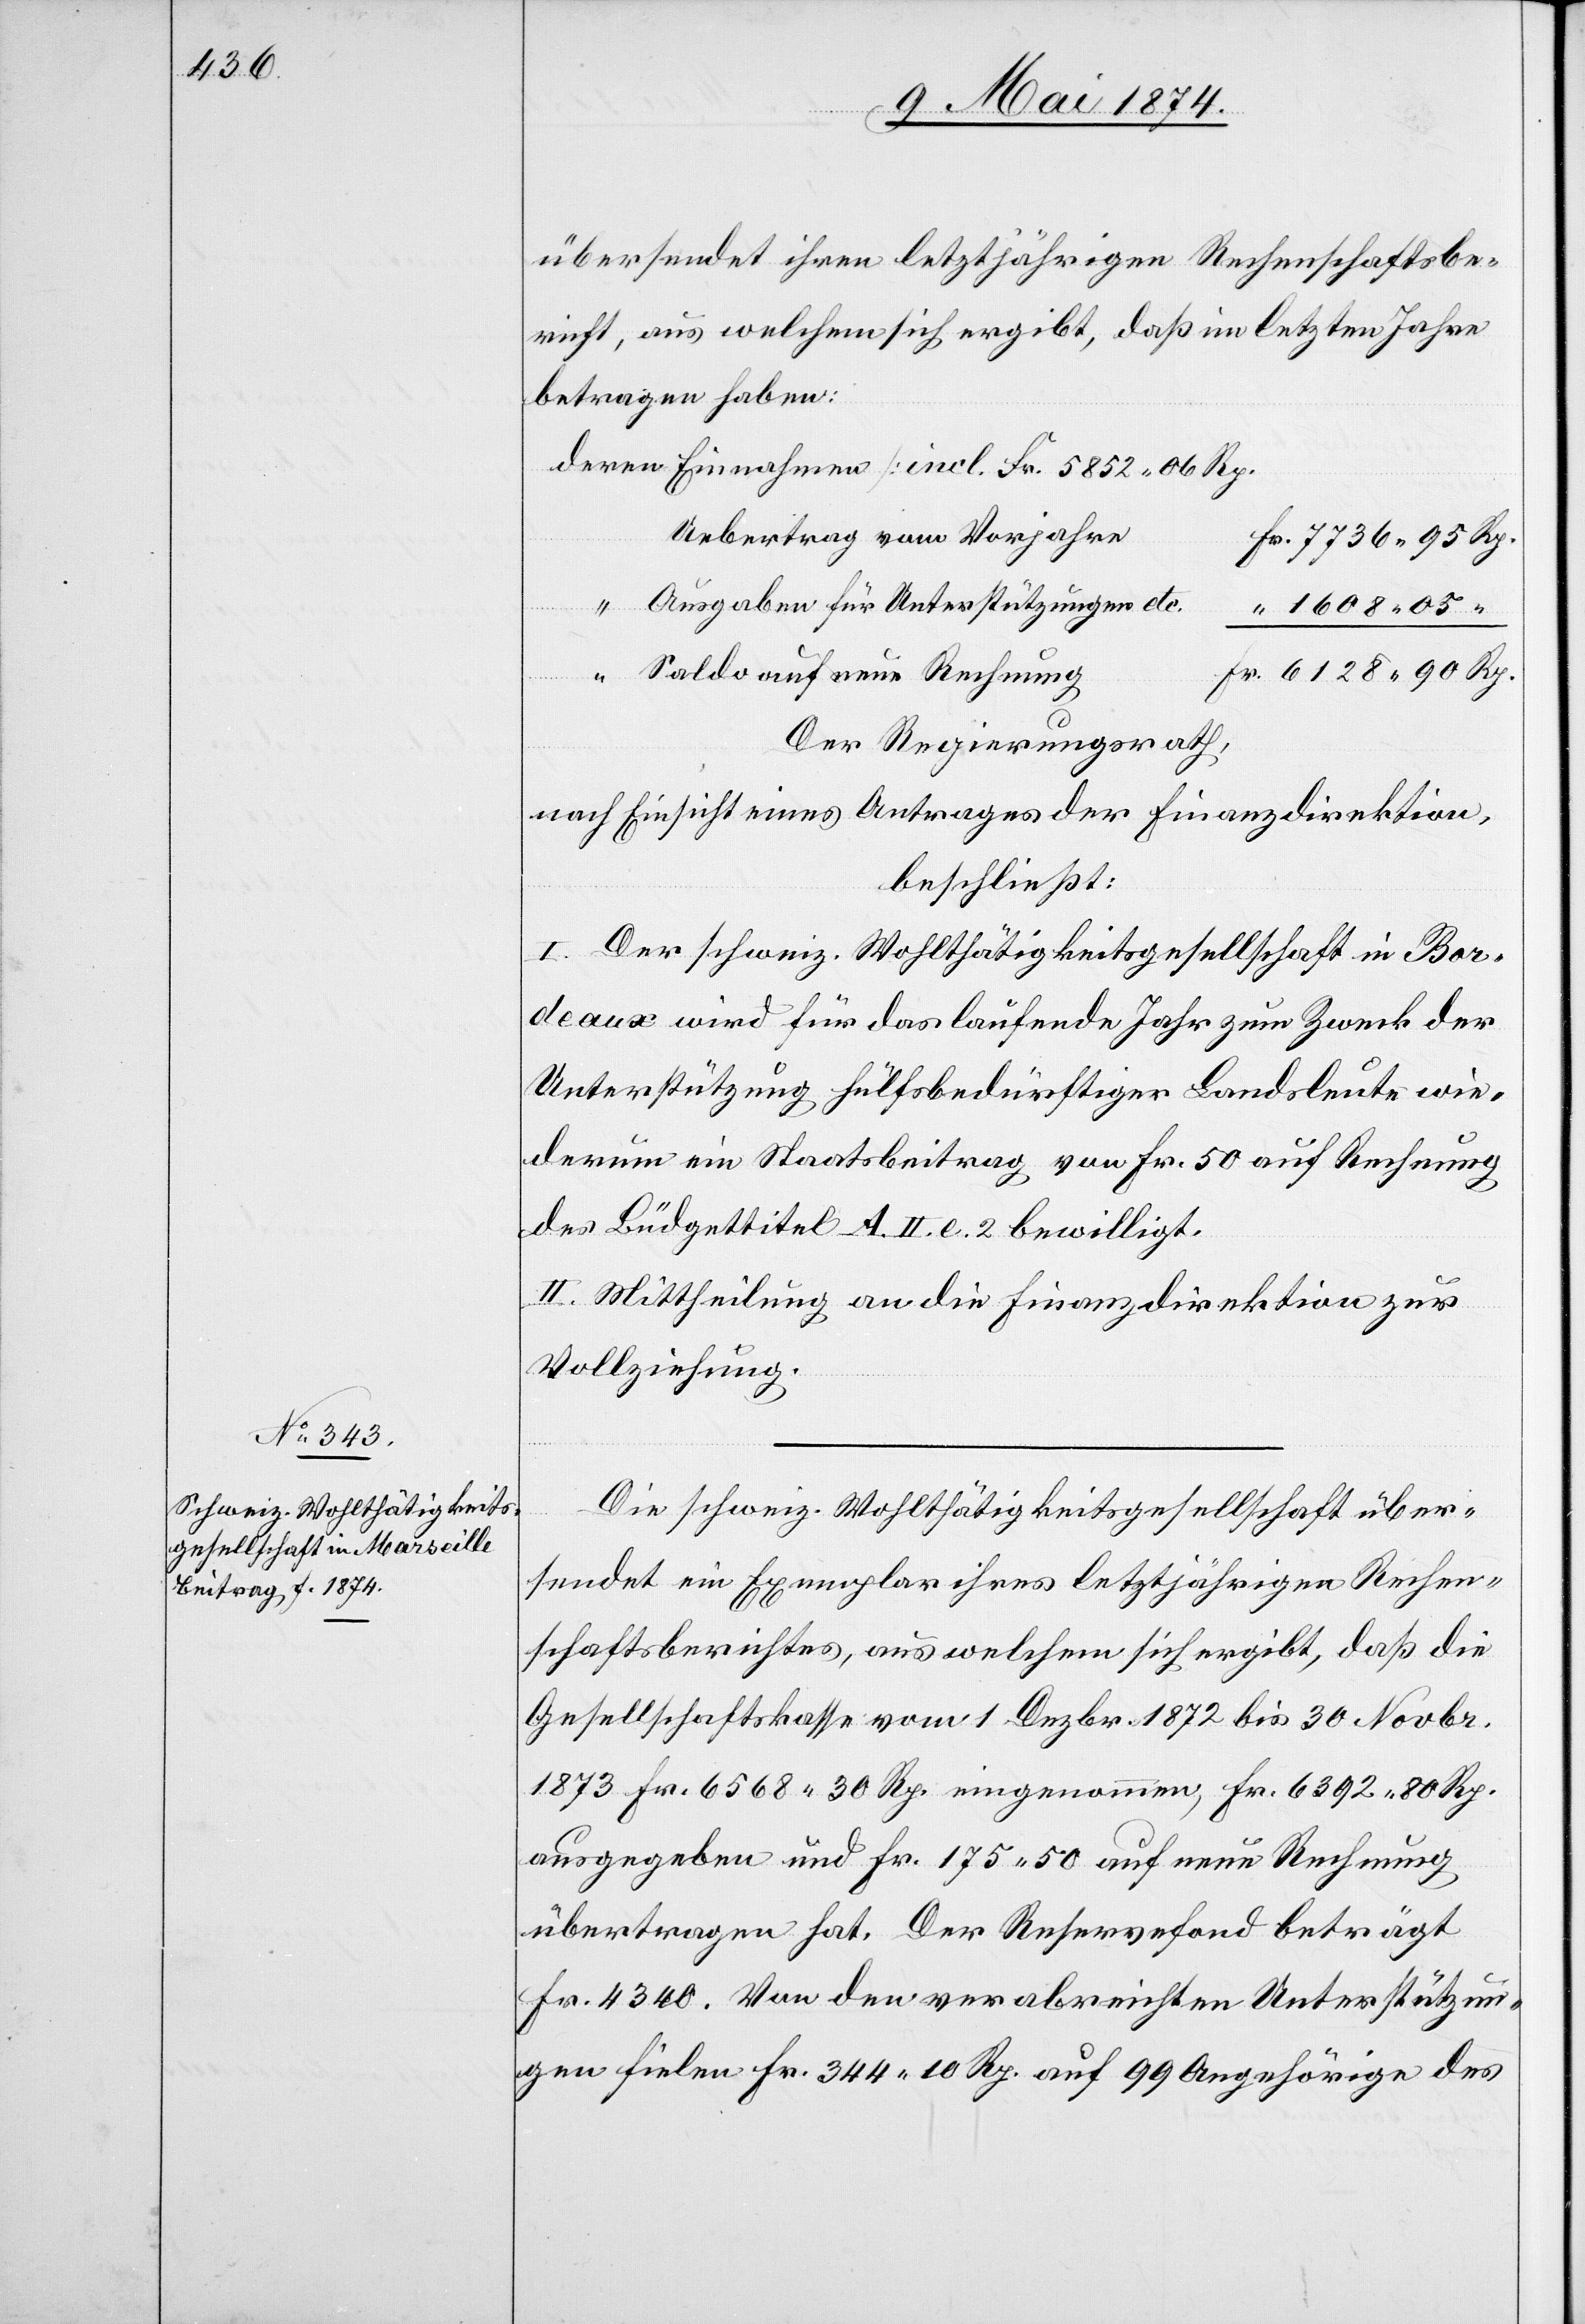
1608.

übersendet ihren letztjährigen Rechenschaftsbe¬
richt, aus welchem sich ergibt, daß im letzten Jahre
betragen haben:
Uebertrag vom Vorjahre
Ausgaben für Unterstützungen etc.
“
Saldo auf neue Rechnung
Der Regierungsrath,
nach Einsicht eines Antrages der Finanzdirektion,
beschließt:
I. Der schweiz. Wohlthätigkeitsgesellschaft in Bor¬
deaux wird für das laufende Jahr zum Zweck der
Unterstützung hülfsbedürftiger Landsleute wie¬
derum ein Staatsbeitrag von Fr. 50 auf Rechnung
des Büdgettitels A. II. e. 2 bewilligt.
II. Mittheilung an die Finanzdirektion zur
Vollziehung.
Die schweiz. Wohlthätigkeitsgesellschaft über¬
sendet ein Exemplar ihres letztjährigen Rechen¬
schaftsberichtes, aus welchem sich ergibt, daß die
Gesellschaftskasse vom 1. Dezbr. 1872 bis 30. Novbr.
1873 Fr. 6568.30 Rp. eingenommen, Fr. 6392.80 Rp.
ausgegeben und Fr. 175.50 auf neue Rechnung
übertragen hat. Der Reservefond beträgt
Fr. 4340. Von den verabreichten Unterstützun¬
gen fielen Fr. 344.10 Rp. auf 99 Angehörige des